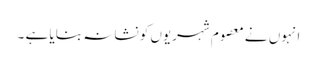
انہوں نے معصوم شہریوں کو نشانہ بنایا ہے ۔